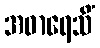
အဓာရေသိံ